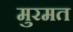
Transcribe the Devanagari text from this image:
मुरमत